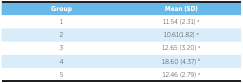
<table><thead><tr><td><b>Group</b></td><td><b>Mean (SD)</b></td></tr></thead><tbody><tr><td>1</td><td>11.54 (2.31) <sup>a</sup></td></tr><tr><td>2</td><td>10.61(1.82) <sup>a</sup></td></tr><tr><td>3</td><td>12.65 (3.20) <sup>a</sup></td></tr><tr><td>4</td><td>18.60 (4.37) <sup>b</sup></td></tr><tr><td>5</td><td>12.46 (2.79) <sup>a</sup></td></tr></tbody></table>